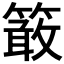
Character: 𥴊